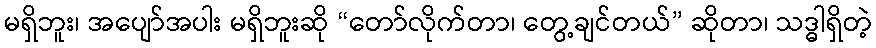
မရှိဘူး၊ အပျော်အပါး မရှိဘူးဆို “တော်လိုက်တာ၊ တွေ့ချင်တယ်” ဆိုတာ၊ သဒ္ဓါရှိတဲ့